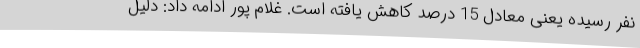
نفر رسیده یعنی معادل 15 درصد کاهش یافته است. غلام پور ادامه داد: دلیل